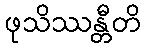
ဖုသိဿန္တီတိ